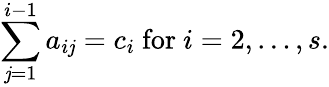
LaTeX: \sum_{\mathit{j}=1}^{i-1}a_{i\mathit{j}}=c_{i}{\mathrm{{~for~}}}i=2,\ldots,s.